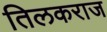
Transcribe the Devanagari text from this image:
तिलकराज